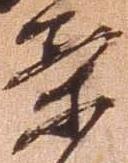
案